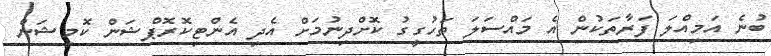
ބުނެ އަމިއްލަ ފަރާތަކުން އެ މައްސަލަ ތަހުގީގު ކޮށްދިނުމަށް އެދި އެންޓިކޮރޮޕްޝަން ކޮމިޝަން